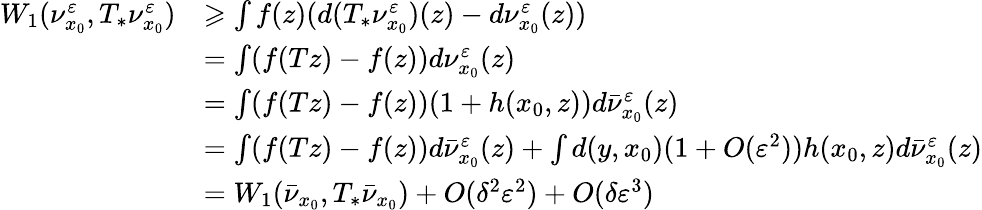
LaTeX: \begin{array}{rl}{W_{1}(\nu_{x_{0}}^{\varepsilon},T_{*}\nu_{x_{0}}^{\varepsilon})}&{\geqslant\int f(z)(d(T_{*}\nu_{x_{0}}^{\varepsilon})(z)-d\nu_{x_{0}}^{\varepsilon}(z))}\\ &{=\int(f(Tz)-f(z))d\nu_{x_{0}}^{\varepsilon}(z)}\\ &{=\int(f(Tz)-f(z))(1+h(x_{0},z))d\bar{\nu}_{x_{0}}^{\varepsilon}(z)}\\ &{=\int(f(Tz)-f(z))d\bar{\nu}_{x_{0}}^{\varepsilon}(z)+\int d(y,x_{0})(1+O(\varepsilon^{2}))h(x_{0},z)d\bar{\nu}_{x_{0}}^{\varepsilon}(z)}\\ &{=W_{1}(\bar{\nu}_{x_{0}},T_{*}\bar{\nu}_{x_{0}})+O(\delta^{2}\varepsilon^{2})+O(\delta\varepsilon^{3})}\end{array}